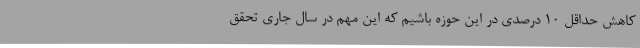
کاهش حداقل 10 درصدی در این حوزه باشیم که این مهم در سال جاری تحقق